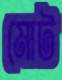
মোট